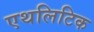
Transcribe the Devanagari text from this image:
एथलिटिक